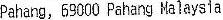
PAHANG, 69000 PAHANG MALAYSLA